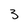
Character: 3